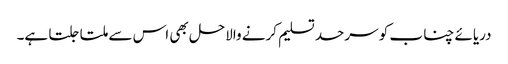
دریائے چناب کو سرحد تسلیم کرنے والاحل بھی اس سے ملتا جلتا ہے۔